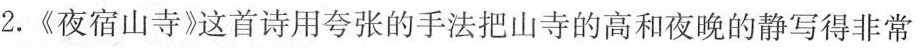
2.《夜宿山寺》这首诗用夸张的手法把山寺的高和夜晚的静写得非常